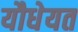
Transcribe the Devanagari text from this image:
यौधेयत